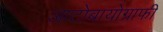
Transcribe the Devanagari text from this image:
आटोबायोग्राफी